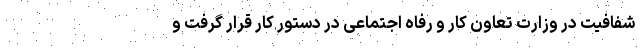
شفافیت در وزارت تعاون کار و رفاه اجتماعی در دستور کار قرار گرفت و